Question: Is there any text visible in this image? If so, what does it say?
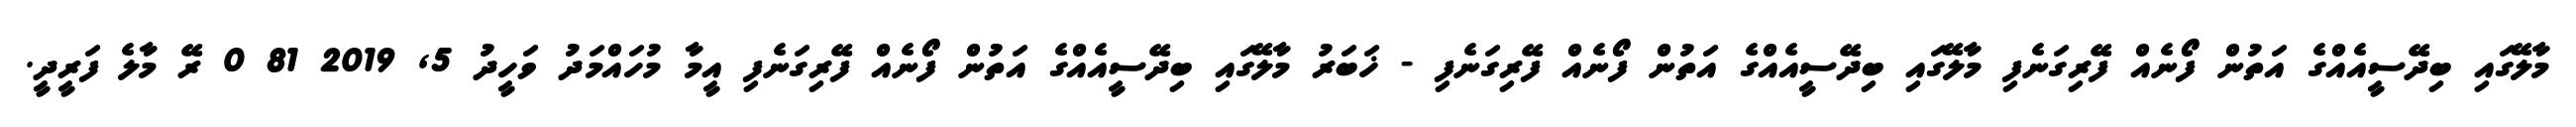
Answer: މާލޭގައި ބިދޭސީއެއްގެ އަތުން ފޯނެއް ފޭރިގަނެފި މާލޭގައި ބިދޭސީއެއްގެ އަތުން ފޯނެއް ފޭރިގަނެފި - ޚަބަރު މާލޭގައި ބިދޭސީއެއްގެ އަތުން ފޯނެއް ފޭރިގަނެފި އީމާ މުހައްމަދު ވަހީދު 5, 2019 81 0 ރޭ މާލެ ފަރީދީ.